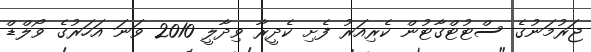
ޖަރުމަނުގެ ސްޓުޓްގާޓުން ކެރިއަރު ފެށި ކެދީރާ ވިދާލީ 2010 ވަނަ އަހަރުގެ ވޯލްޑް